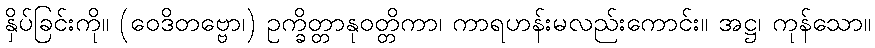
နှိပ်ခြင်းကို။ (ဝေဒိတဗ္ဗော၊) ဥက္ခိတ္တာနုဝတ္တိကာ၊ ကာရဟန်းမလည်းကောင်း။ အဋ္ဌ၊ ကုန်သော။